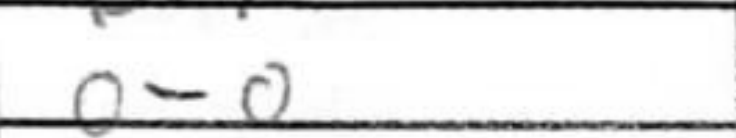
Transcription: O-O